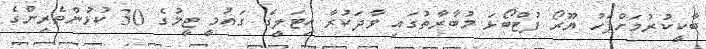
ބާކީކުރުމަށްފަހު ޔޫރޯ ފުޓްބޯޅަ މުބާރާތުގައި ވާދަކުރާ އިޓަލީގެ ގައުމީ ޓީމުގެ 30 ކުޅުންތެރިންގެ